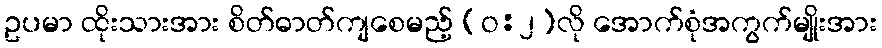
ဥပမာ ထိုးသားအား စိတ်ဓာတ်ကျစေမည့် (ဝ:၂)လို အောက်စုံအကွက်မျိုးအား